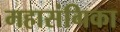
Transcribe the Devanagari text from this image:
महासंगिका